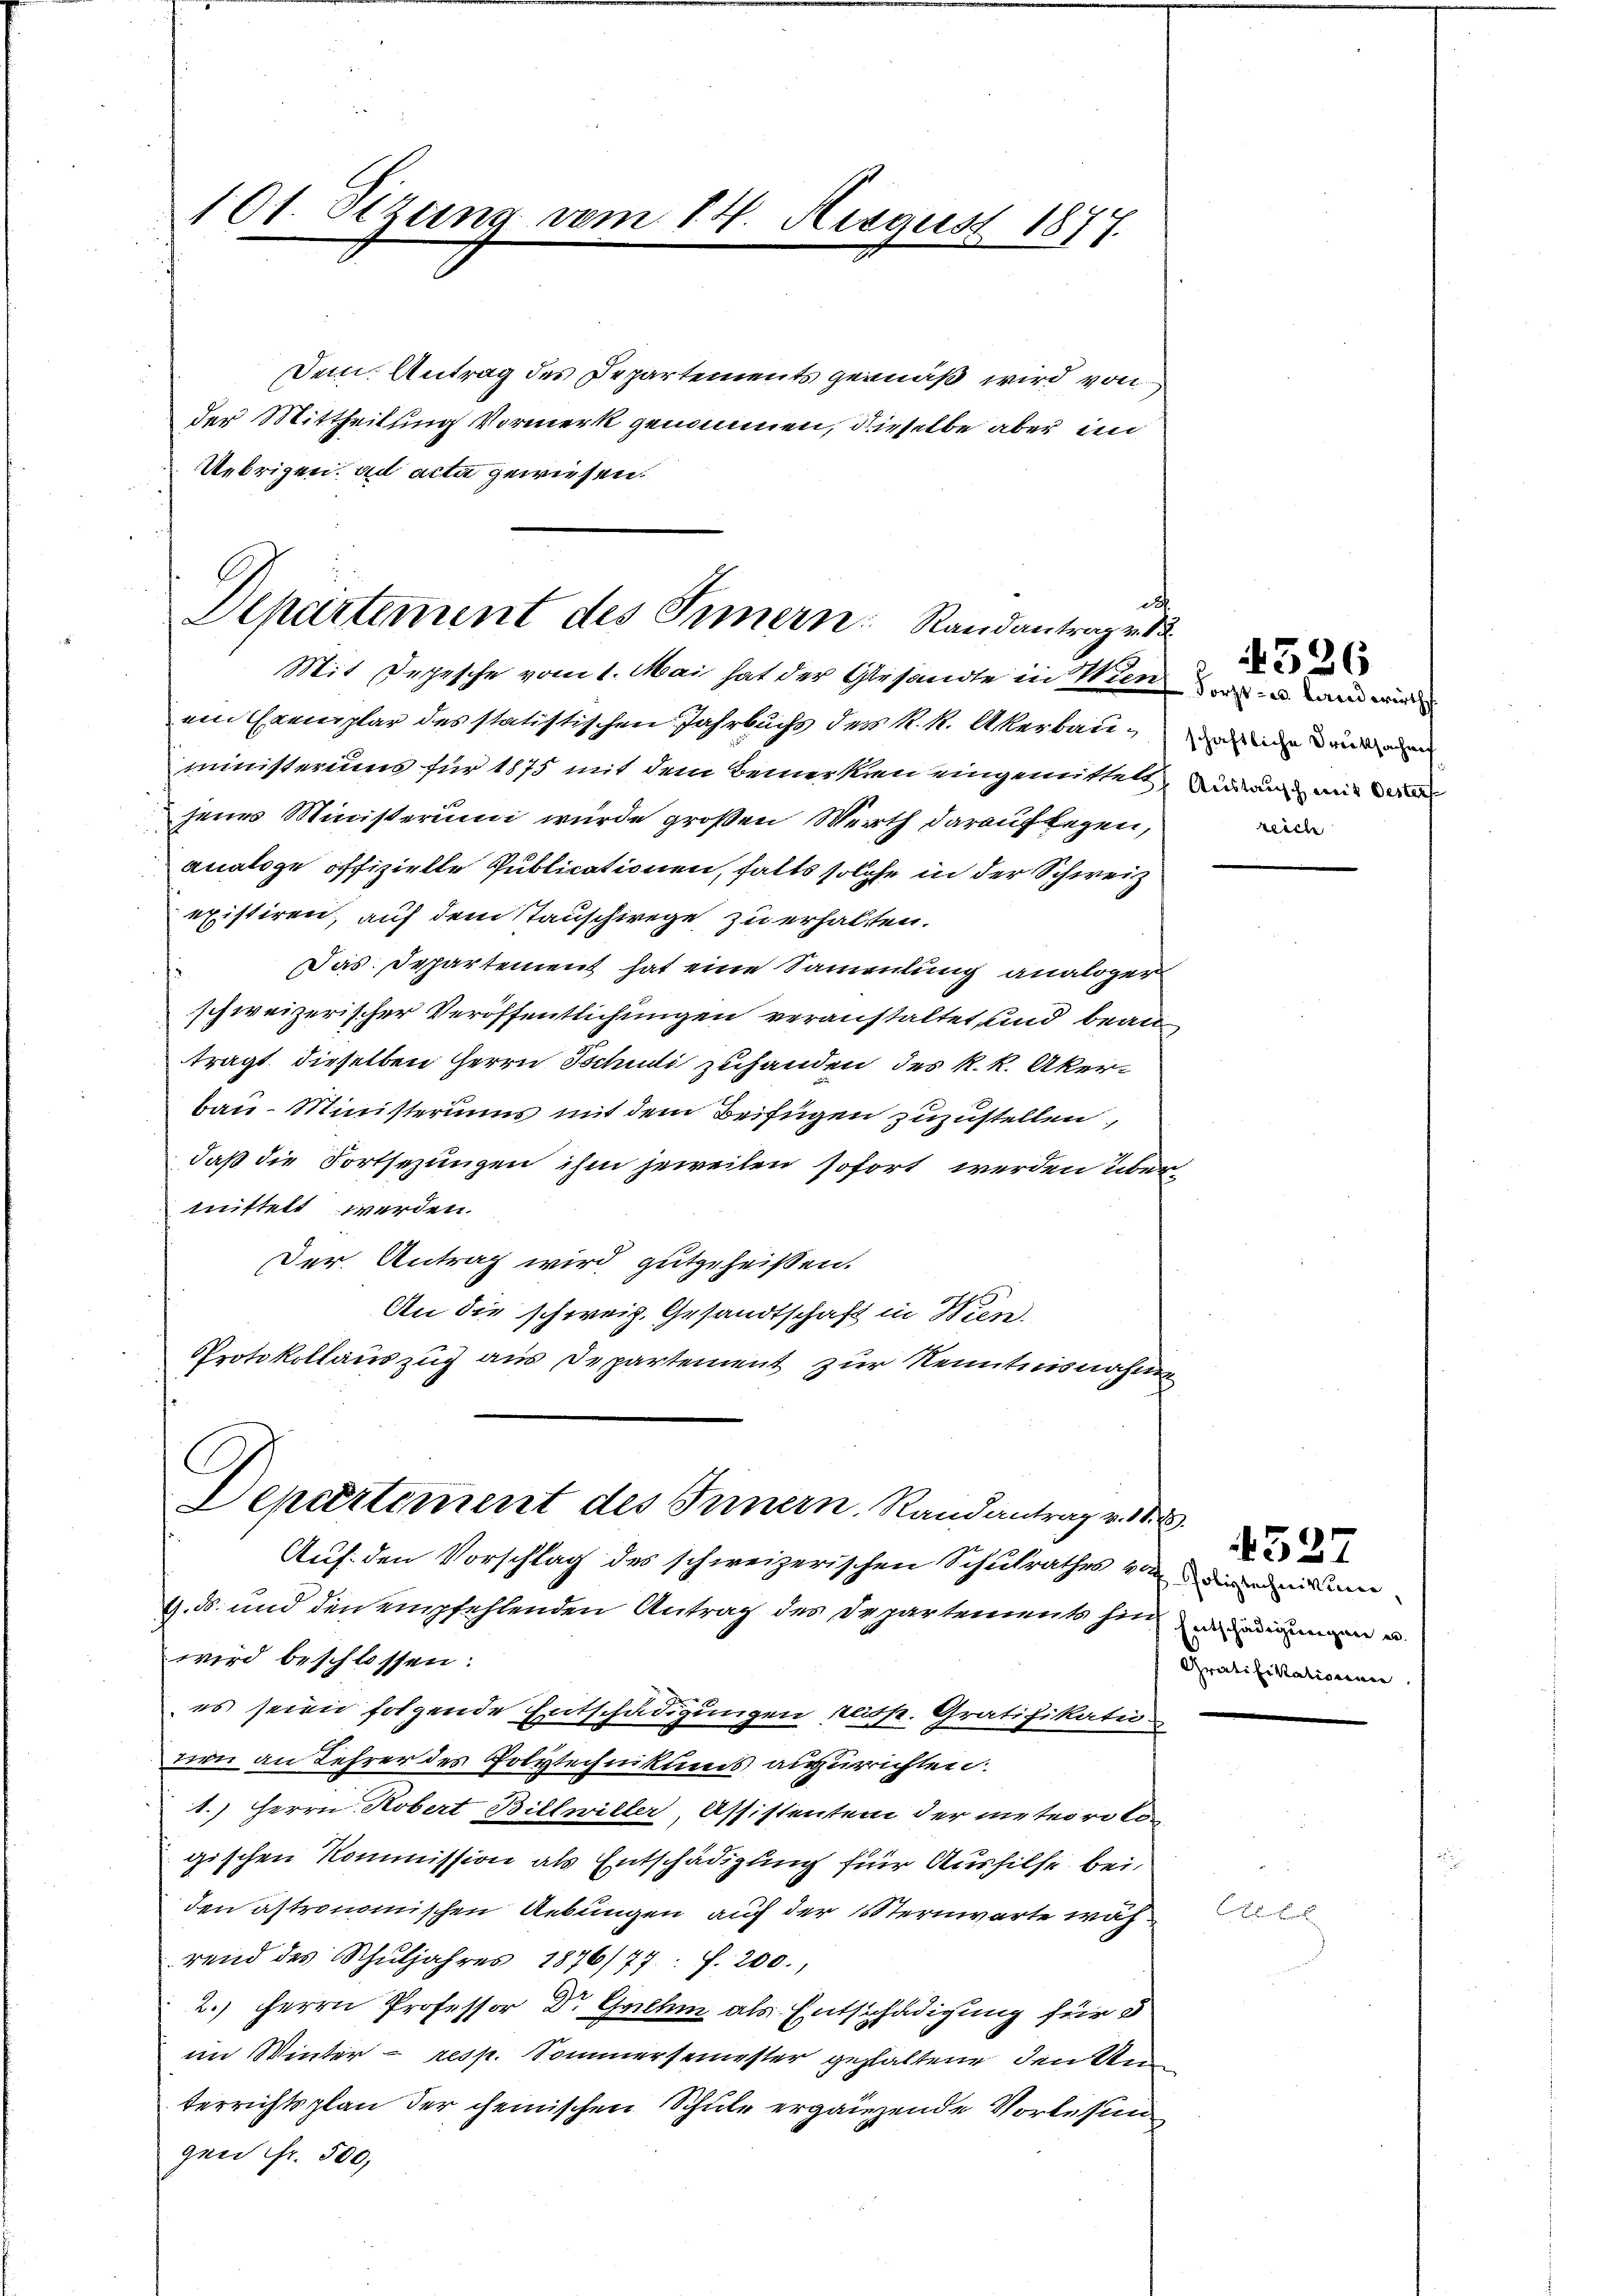
101. Setzung vom 14. August 1877.

Dem. Antrag des Departements gemäß wird von
der Mittheilung Vormerk genommen, dieselbe aber un
Uebrigen ad acta gewiesen.

d.
Departement des Innern Randantrag v. 13
Mit Depesche vom 1. Mai hat der Gesandte in Wien an wird

ein Camplar des statistischen Jahrbuchs des k. k. Akerbauen einem
ministeriums für 1875 mit dem Bemerken eingemittelt, auch mit der
jenes Ministerum wurde großen Werth darauflegen,
analoge offizielle Publicationen, falls solche in der Schweiz
existiren, auf dem Stauschrege zu erhalten.
Das Departement hat eine Sammlung analoger
schweizerischer Veröffentlichungen veranstaltet und beantragt, dieselben Herrn Tschudi zuhanden des k. k. Akerbau-Ministeriums mit dem Beifügen zuzustellen,
daß die Fortsezungen ihm jeweilen sofort werden übermittelt werden.
Der Antrag wird gutgeheißen.
An die schweiz. Gesandtschaft in Wien.
Protokollauszug aus Departement zur Kenntnisnahmen

Departement des Innern. Randantrag v. 11.
Auf den Vorschlag des schweizerischen Schulrathes von den

9. ds. und den empfehlenden Antrag des Departements hin
wird beschlossen:
es seien folgende Entschädigungen reisp. Gratifikatu
dern an Lehrer des Polytechnikums anzurichten.
1.) Herrn Kobert Billwiller, Assistenten der meteorolon
gischen Kommission als Entschädigung für Aushilfe bei.
den astronomischen Uebungen auf der Sternwarte während des Schŭljahres 1876/77: f. 200.
2.) Herrn Professor Dr. Gallem als Entschädigung für d
im Winter - resp. Sommersemester gehaltene denken
terrichtsplan der cheinischen Schule ergänzende Vorlesun
gen Fr. 500,

rlich

4326

19.
4527
Entschädigungen er
Gratifikationen